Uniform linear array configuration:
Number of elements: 8
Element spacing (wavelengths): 1
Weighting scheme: cosine
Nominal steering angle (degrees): -60
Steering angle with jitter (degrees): -59.764
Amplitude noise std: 0.05
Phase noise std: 0.05

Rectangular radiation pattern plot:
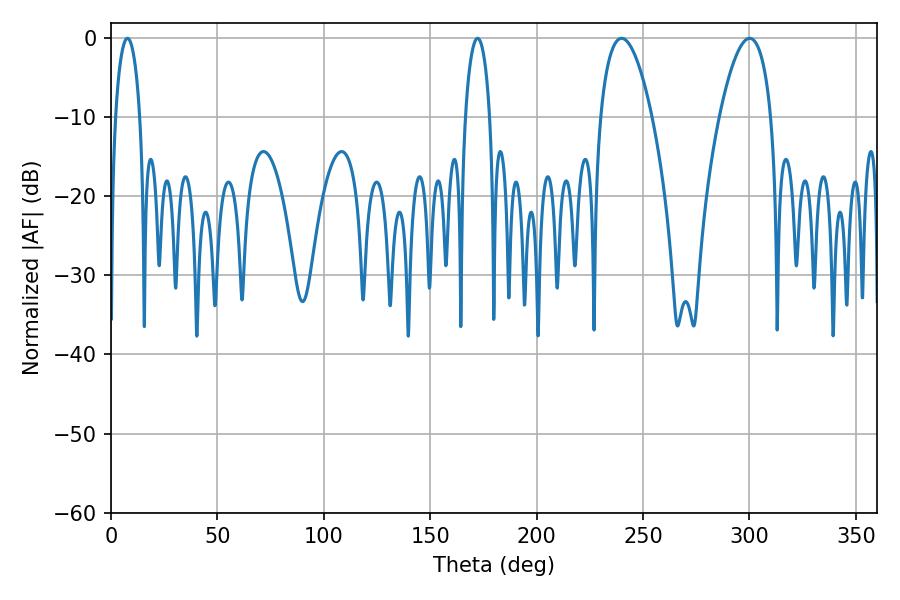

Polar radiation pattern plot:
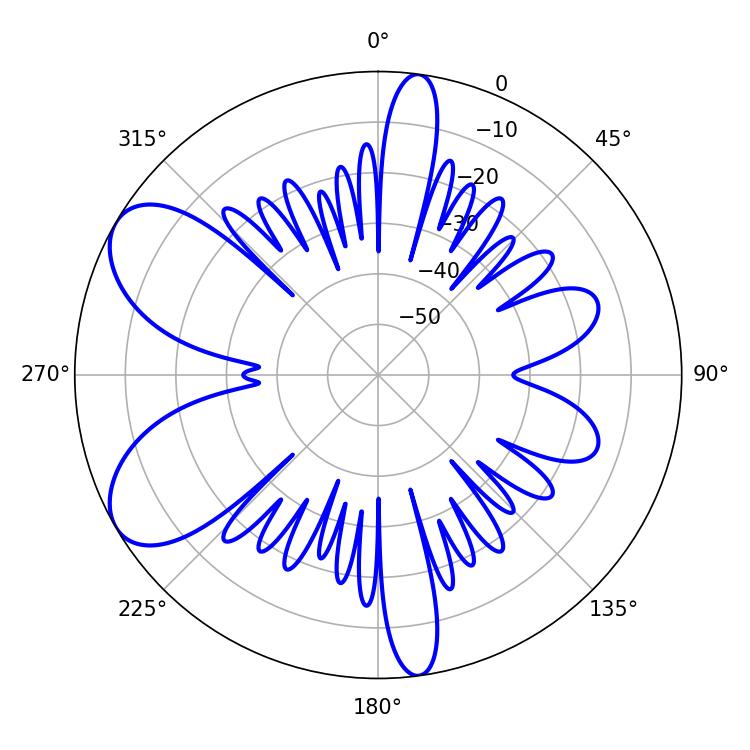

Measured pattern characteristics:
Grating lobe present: TRUE
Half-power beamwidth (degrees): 6.48
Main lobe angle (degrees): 172.26